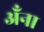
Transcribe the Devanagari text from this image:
अँना